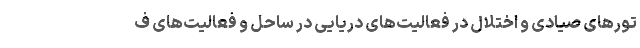
تورهای صیادی و اختلال در فعالیت‌های دریایی در ساحل و فعالیت‌های ف